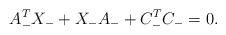
LaTeX: \begin{align*} A_{-}^T X_{-} + X_{-} A_{-} + C_{-}^T C_{-} = 0. \end{align*}